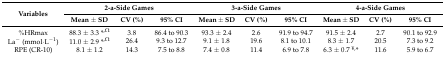
| <ROWSPAN=2> Variables | <COLSPAN=3> 2-a-Side Games | <COLSPAN=3> 3-a-Side Games | <COLSPAN=3> 4-a-Side Games |
 | Mean ± SD | CV (%) | 95% CI | Mean ± SD | CV (%) | 95% CI | Mean ± SD | CV (%) | 95% CI |
 | --- | --- | --- | --- | --- | --- | --- | --- | --- | --- |
 | %HRmax | 88.3 ± 3.3 *,Ω | 3.8 | 86.4 to 90.3 | 93.3 ± 2.4 | 2.6 | 91.9 to 94.7 | 91.5 ± 2.4 | 2.7 | 90.1 to 92.9 |
 | La− (mmol·L−1) | 11.0 ± 2.9 *,Ω | 26.4 | 9.3 to 12.7 | 9.1 ± 1.8 | 19.6 | 8.1 to 10.1 | 8.3 ± 1.7 | 20.5 | 7.3 to 9.2 |
 | RPE (CR-10) | 8.1 ± 1.2 | 14.3 | 7.5 to 8.8 | 7.4 ± 0.8 | 11.4 | 6.9 to 7.8 | 6.3 ± 0.7 ¥,* | 11.6 | 5.9 to 6.7 |